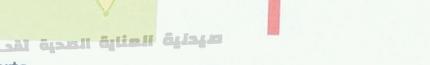
صيدلية العناية الصحية تقد